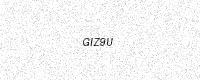
Text: GIZ9U